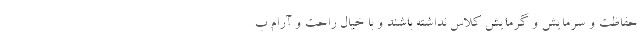
حفاظت و سرمایش و گرمایش کلاس نداشته باشند و با خیال راحت و آرام ب